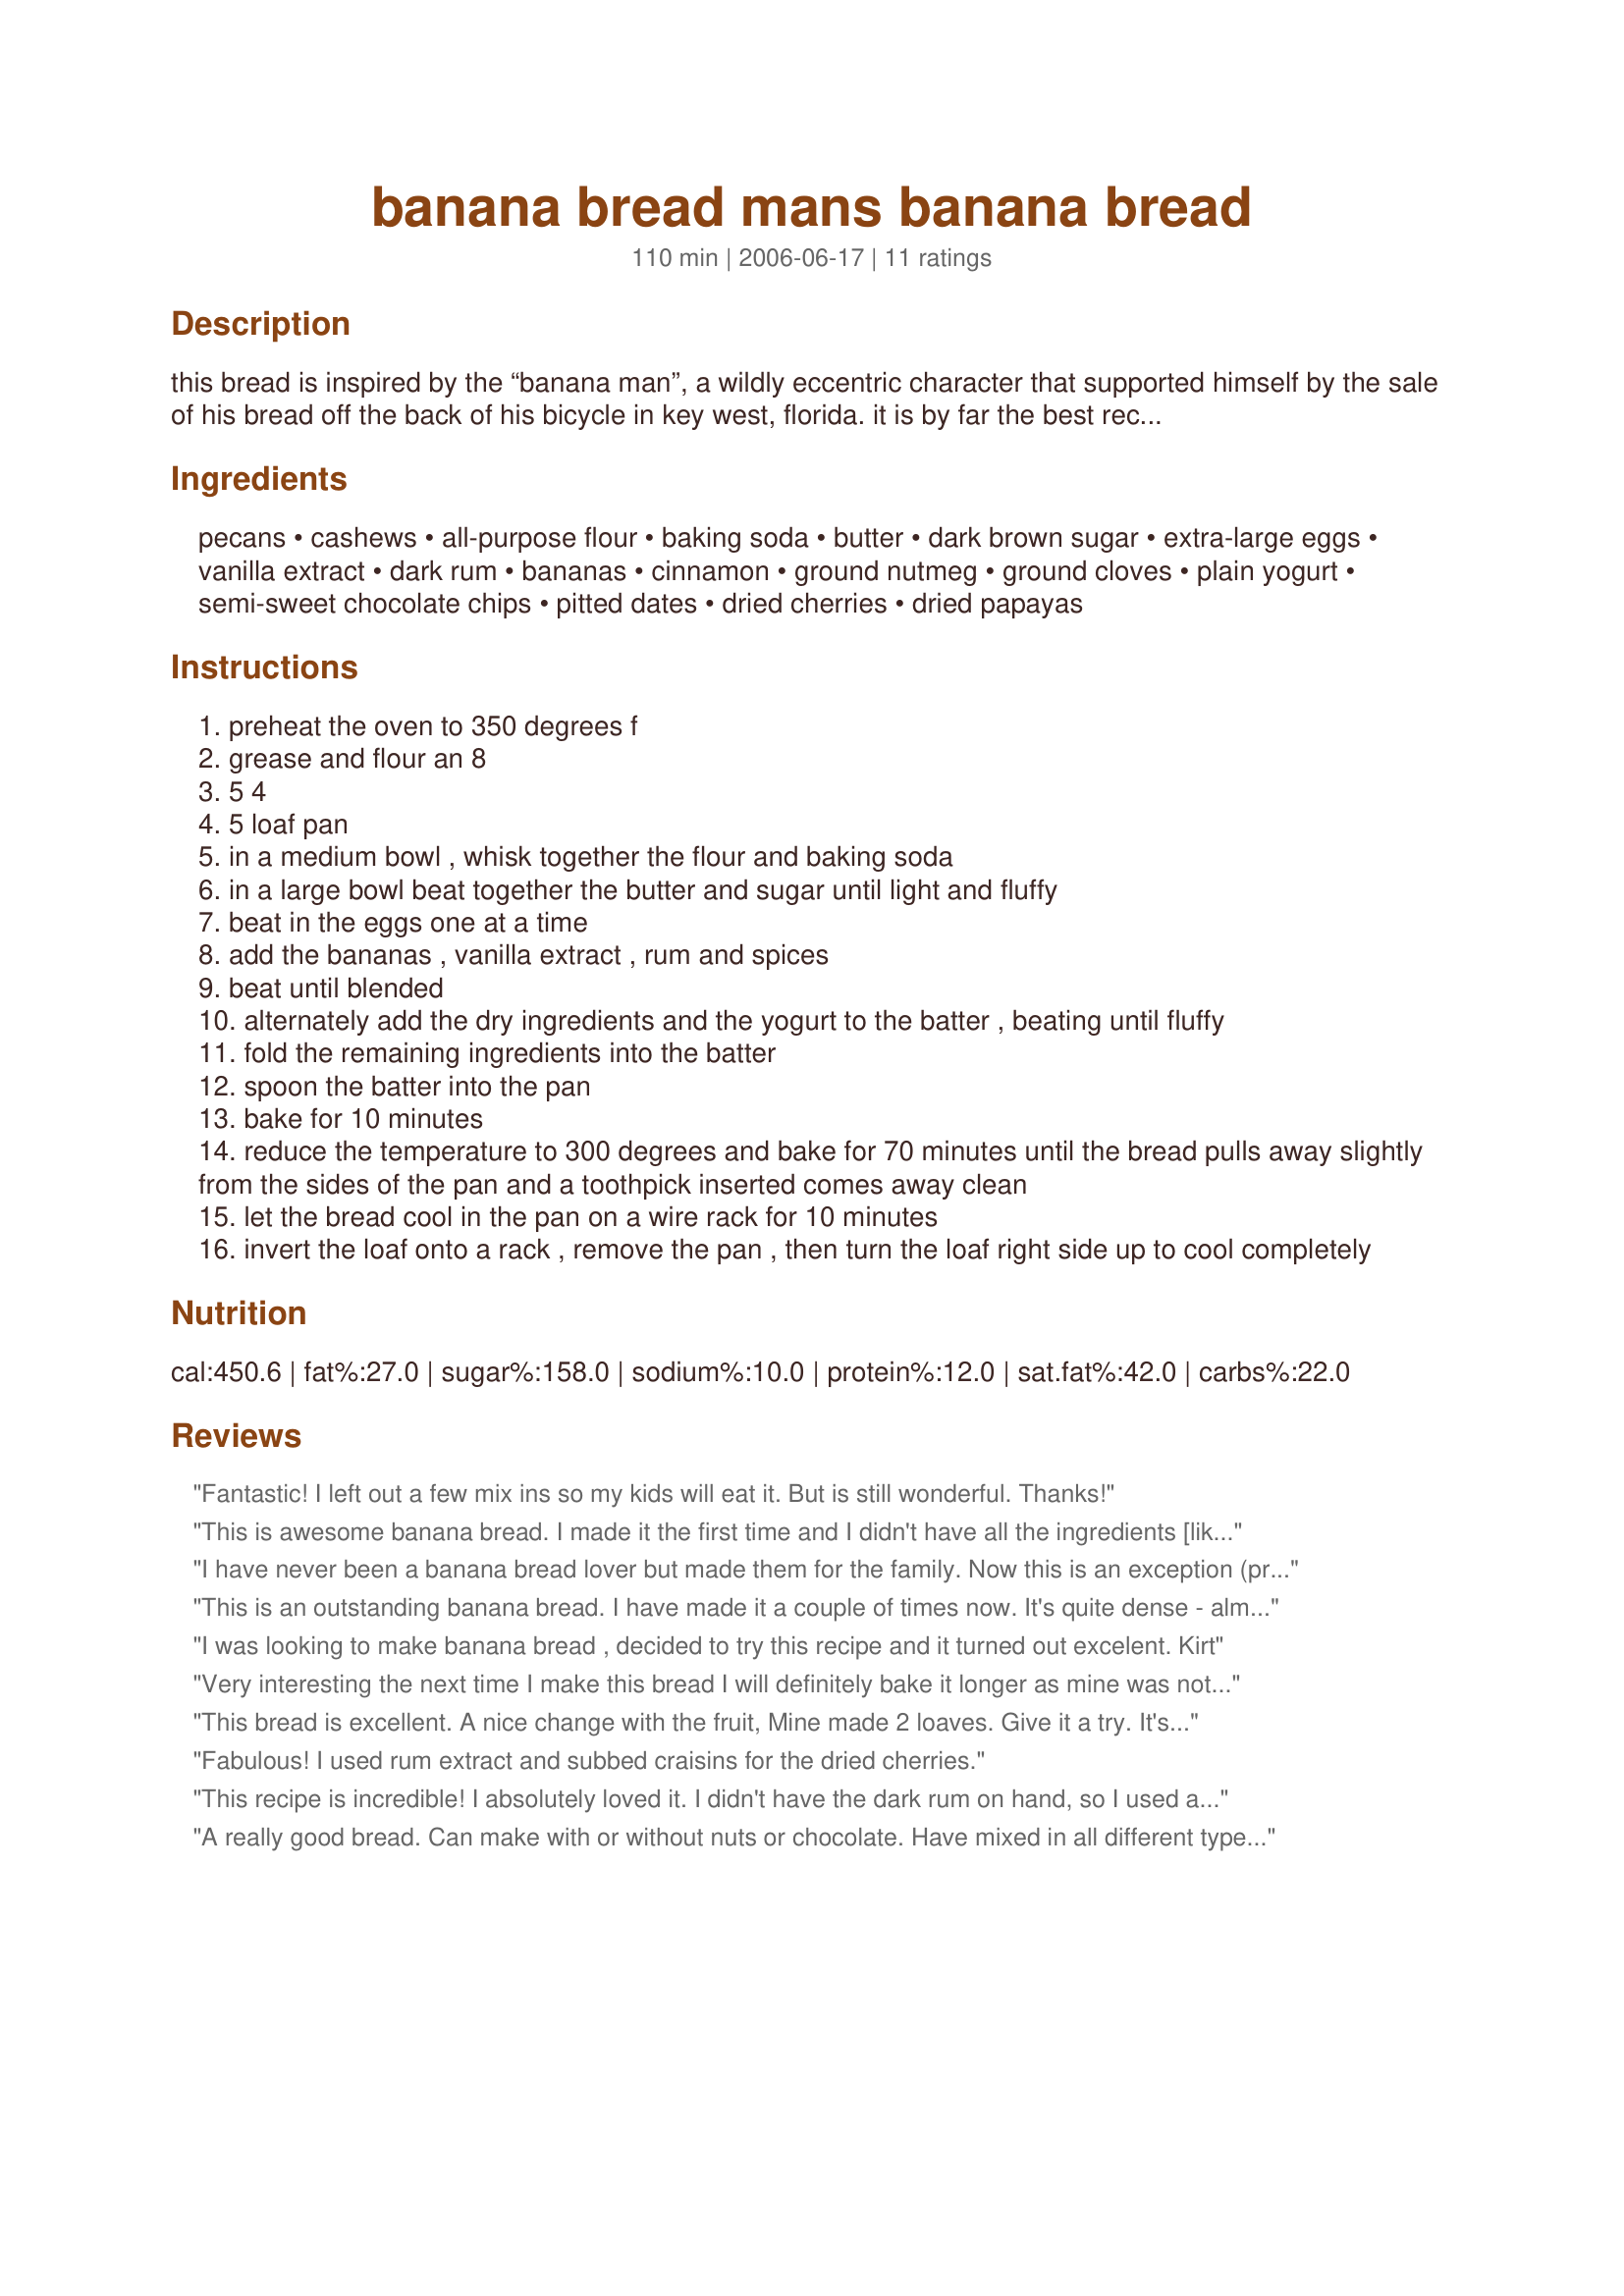
banana bread mans banana bread
Preparation time: 110 minutes

this bread is inspired by the “banana man”, a wildly eccentric character that supported himself by the sale of his bread off the back of his bicycle in key west, florida. it is by far the best recipe for a “special” banana bread treat.

Ingredients:
pecans, cashews, all-purpose flour, baking soda, butter, dark brown sugar, extra-large eggs, vanilla extract, dark rum, bananas, cinnamon, ground nutmeg, ground cloves, plain yogurt, semi-sweet chocolate chips, pitted dates, dried cherries, dried papayas

Steps:
preheat the oven to 350 degrees f
grease and flour an 8
5 4
5 loaf pan
in a medium bowl , whisk together the flour and baking soda
in a large bowl beat together the butter and sugar until light and fluffy
beat in the eggs one at a time
add the bananas , vanilla extract , rum and spices
beat until blended
alternately add the dry ingredients and the yogurt to the batter , beating until fluffy
fold the remaining ingredients into the batter
spoon the batter into the pan
bake for 10 minutes
reduce the temperature to 300 degrees and bake for 70 minutes until the bread pulls away slightly from the sides of the pan and a toothpick inserted comes away clean
let the bread cool in the pan on a wire rack for 10 minutes
invert the loaf onto a rack , remove the pan , then turn the loaf right side up to cool completely

Reviews:
Fantastic! I left out a few mix ins so my kids will eat it. But is still wonderful.

Thanks!
This is awesome banana bread. I made it the first time and I didn't have all the ingredients [like cashews and pitted dates] and it still turned out terrific. This is the best banana bread ever!!
I have never been a banana bread lover but made them for the family. Now this is an exception (probably the rum) and it is the best we have ever encountered. Had never heard of the Banana Man but whoever he was he produced a wonderful treat.
This is an outstanding banana bread. I have made it a couple of times now. It's quite dense - almost like a Christmas cake. I used a nice dark rum - Pussers. I have made a couple of substitutions out of necessity and both turned out well. (I used dried mangos for the papayas and macadamia nuts for the pecans.) This recipe is definitely worth the effort!
I was looking to make banana bread , decided to try this recipe and it turned out excelent.
Kirt
Very interesting the next time I make this bread I will definitely bake it longer as mine was not completely baked throughout to the middle after 80 minutes this is an altitude problem and does not in any way reflect on the recipe.Thanks for posting this amazing banana bread!
This bread is excellent. A nice change with the fruit, Mine made 2 loaves. Give it a try. It's worth it!
Fabulous! I used rum extract and subbed craisins for the dried cherries.
This recipe is incredible! I absolutely loved it. I didn't have the dark rum on hand, so I used a teeny bit of creme de banana and milk instead. A nice super-dark rum like Gosling's would have been even better. Next time! I had a can of Poppycock 'Just the Nuts' (candied nuts) and I put them on top before baking. Wow, this bread was awesome and super-moist!
A really good bread. Can make with or without nuts or chocolate. Have mixed in all different types of dried fruit: pineapple, craisins, orange, cherries, dried mixed berries, etc.
This was moist and had a great flavor! Interesting texture and taste. I had a light rum on hand and dried cranberries instead and the flavor was really great. Looking forward to trying the other dried fruits. The kids really liked this. Thank you for posting this--will try this again.
